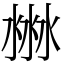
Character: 㴇